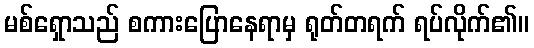
မစ်ရှောသည် စကားပြောနေရာမှ ရုတ်တရက် ရပ်လိုက်၏။